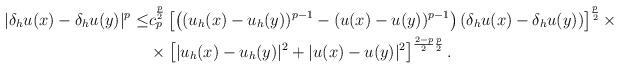
LaTeX: \begin{align*}|\delta_hu(x)-\delta_h u(y)|^p\leq &c_p^{\frac{p}{2}}\left[\left( (u_h(x)-u_h(y))^{p-1}-(u(x)-u(y))^{p-1}\right)(\delta_hu(x)-\delta_hu(y))\right]^{\frac{p}{2}}\times\\&\times \left[ |u_h(x)-u_h(y)|^{2}+|u(x)-u(y)|^{2}\right]^{\frac{2-p}{2}\frac{p}{2}}.\end{align*}